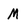
Character: M